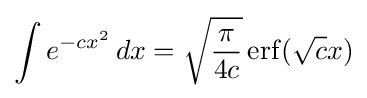
\int e^{-cx^{2}}\,dx={\sqrt {\frac {\pi }{4c}}}\operatorname {erf} ({\sqrt {c}}x)